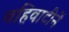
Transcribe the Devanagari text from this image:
वहिवाटीनें